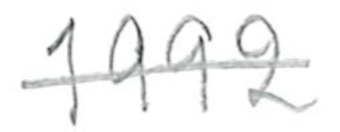
Text: 1992
Cross-out: single-line
Writing tool: pencil